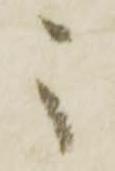
々